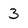
Character: 3